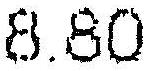
8.80